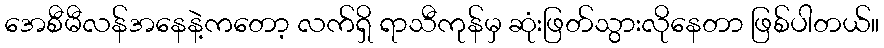
အေစီမီလန်အနေနဲ့ကတော့ လက်ရှိ ရာသီကုန်မှ ဆုံးဖြတ်သွားလိုနေတာ ဖြစ်ပါတယ်။